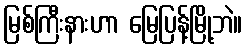
မြစ်ကြီးနားဟာ မြေပြန့်မြို့ဘဲ။